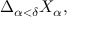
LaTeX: \displaystyle \Delta _ { \alpha < \delta } X _ { \alpha } ,